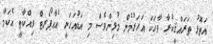
އަތޮޅު ތަރައްޤީކުރާ ވާހަކަ އަހަރުމެން މުޅިންވެސް މި އަޑުއަހަނީ އެއާޕޯރޓް ވިއްކާތީ އެކަމާ